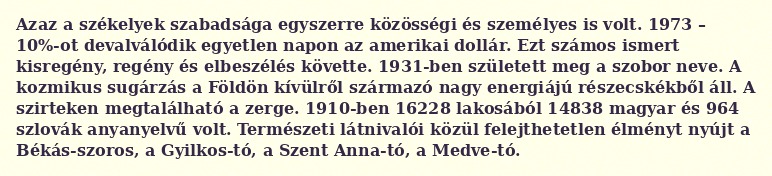
Azaz a székelyek szabadsága egyszerre közösségi és személyes is volt. 1973 – 10%-ot devalválódik egyetlen napon az amerikai dollár. Ezt számos ismert kisregény, regény és elbeszélés követte. 1931-ben született meg a szobor neve. A kozmikus sugárzás a Földön kívülről származó nagy energiájú részecskékből áll. A szirteken megtalálható a zerge. 1910-ben 16228 lakosából 14838 magyar és 964 szlovák anyanyelvű volt. Természeti látnivalói közül felejthetetlen élményt nyújt a Békás-szoros, a Gyilkos-tó, a Szent Anna-tó, a Medve-tó.